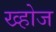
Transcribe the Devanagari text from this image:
ख्होज